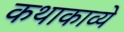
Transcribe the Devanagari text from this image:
कथाकाव्ये